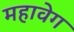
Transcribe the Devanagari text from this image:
महावेग